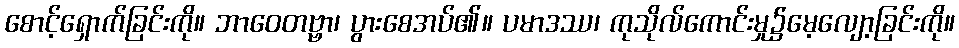
စောင့်ရှောက်ခြင်းကို။ ဘာဝေတဗ္ဗာ၊ ပွားစေအပ်၏။ ပမာဒဿ၊ ကုသိုလ်ကောင်းမှု၌မေ့လျော့ခြင်းကို။